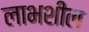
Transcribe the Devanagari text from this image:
लाभशील